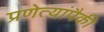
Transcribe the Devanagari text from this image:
प्रणेत्यांपैकी